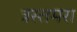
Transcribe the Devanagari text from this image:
त्रस्तमरा